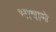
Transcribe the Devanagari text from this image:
भाषामे